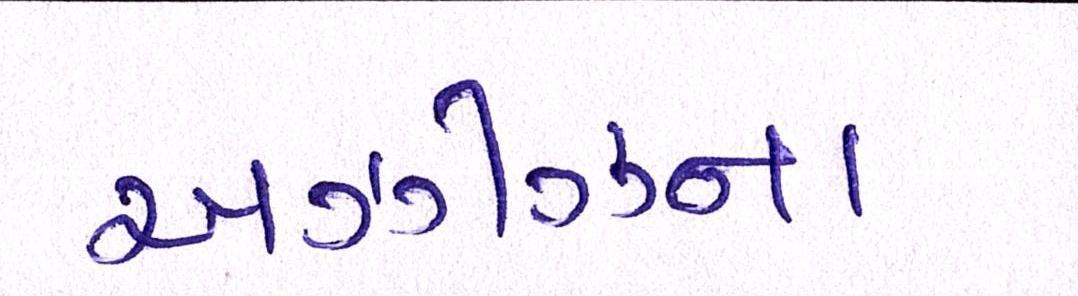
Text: અઝીઝના